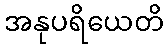
အနုပရိယေတိ